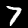
Digit: 7